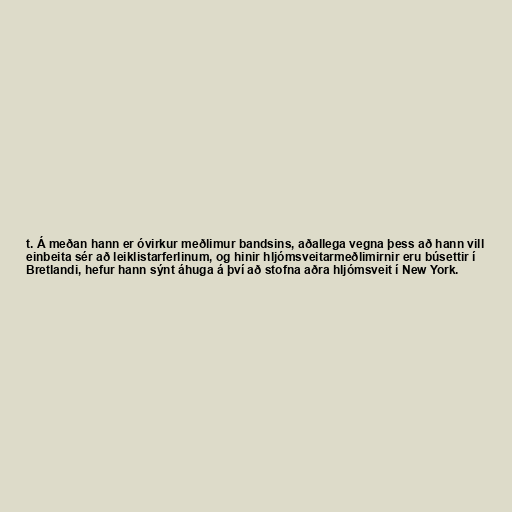
t. Á meðan hann er óvirkur meðlimur bandsins, aðallega vegna þess að hann vill
einbeita sér að leiklistarferlinum, og hinir hljómsveitarmeðlimirnir eru búsettir í
Bretlandi, hefur hann sýnt áhuga á því að stofna aðra hljómsveit í New York.